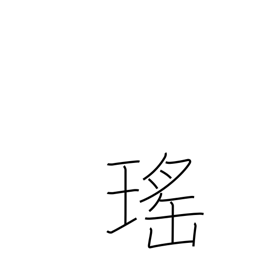
Meaning: beautiful (as a jewel)